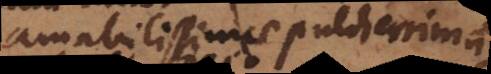
amabilissimae pulcherrimaeque,